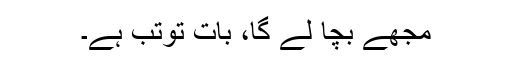
مجھے بچا لے گا، بات توتب ہے۔